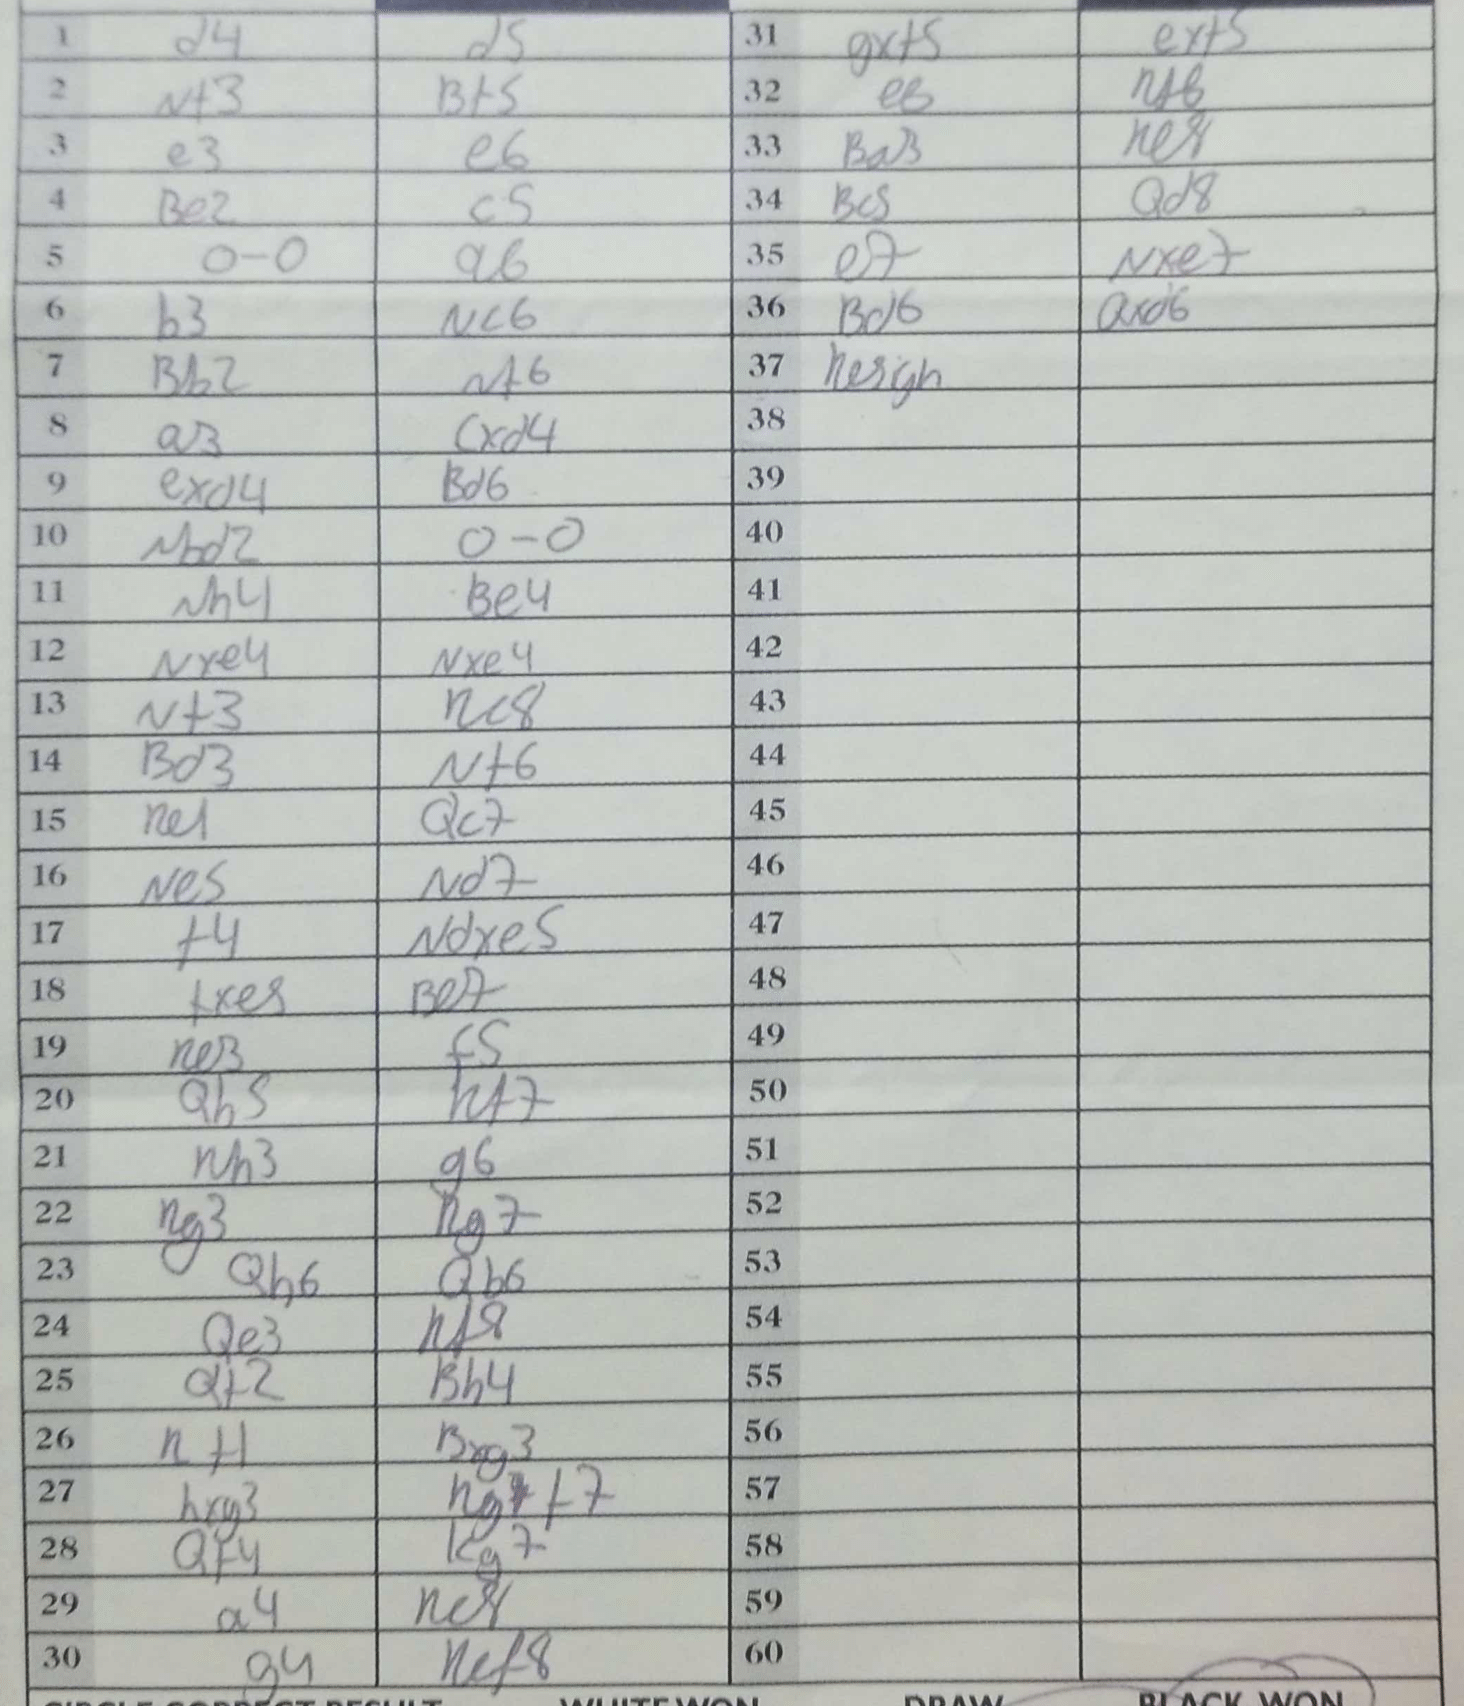
Moves: d4 d5 Nf3 Bf5 e3 e6 Be2 c5 O-O a6 b3 Nc6 Bb2 Nf6 a3 cxd4 exd4 Bd6 Nbd2 O-O Nh4 Be4 Nxe4 Nxe4 Nf3 Re8 Bd3 Nf6 Re1 Qc7 Ne5 Nd7 f4 Ndxe5 fxe5 Be7 Re3 f5 Qh5 Rf7 Rh3 g6 Rg3 Rg7 Qh6 Qb6 Qe3 Rf8 Qf2 Bh4 Rf1 Bxg3 hxg3 Rgf7 Qf4 Kg7 a4 Re8 g4 Ref8 gxf5 exf5 e8 Rf8 Ba3 Re8 Bc5 Qd8 e7 Nxe7 Bd6 Qxd6